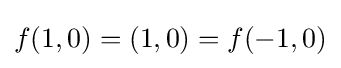
f(1,0)=(1,0)=f(-1,0)